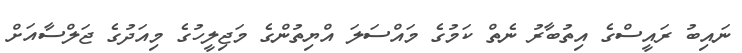
ނައިބު ރައީސްގެ އިތުބާރު ނެތް ކަމުގެ މައްސަލަަ އްޔިތުންގެ މަޖިލީހުގެ މިއަދުގެ ޖަލްސާއަށް